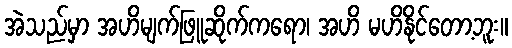
အဲသည်မှာ အဟိမျက်ဖြူဆိုက်ကရော၊ အဟိ မဟိနိုင်တော့ဘူး။